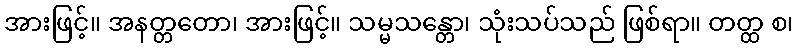
အားဖြင့်။ အနတ္တတော၊ အားဖြင့်။ သမ္မသန္တော၊ သုံးသပ်သည် ဖြစ်ရာ။ တတ္ထ စ၊